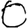
Digit: 0